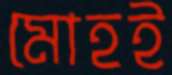
মোহই